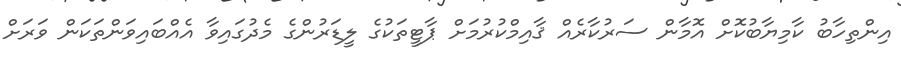
އިންތިހާބު ކާމިޔާބުކޮށް އޮމާން ސަރުކާރެއް ޤާއިމްކުރުމަށް ޕާޓީތަކުގެ ލީޑަރުންގެ މެދުގައިވާ އެއްބައިވަންތަކަން ވަރަށް